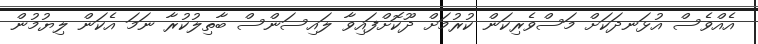
އެއްވެސް އުޅަނދަކަށް މަސްވެރިކަން ކުރުމަށް ދޫކޮށްފައިވާ ލައިސަންސް ބާތިލުކުރާ ނަމަ އެކަން ލިޔުމުން